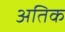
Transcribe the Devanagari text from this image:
अतिक